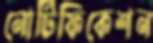
নোটিফিকেশন